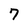
Character: 7